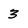
Character: 3